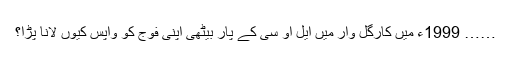
…… 1999ء میں کارگل وار میں ایل او سی کے پار بیٹھی اپنی فوج کو واپس کیوں لانا پڑا؟